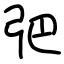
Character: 弝